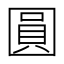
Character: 圓